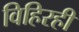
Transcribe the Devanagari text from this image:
विहिरही